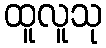
ထူလူသု